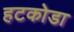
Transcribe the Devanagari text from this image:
हटकोडा